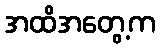
အထိအတွေ့က